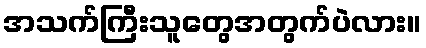
အသက်ကြီးသူတွေအတွက်ပဲလား။